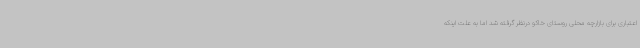
اعتباری برای بازارچه محلی روستای خاکو درنظر گرفته شد اما به علت اینکه